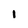
Character: 1